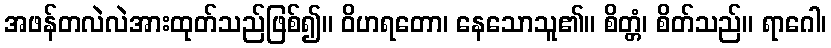
အဖန်တလဲလဲအားထုတ်သည်ဖြစ်၍။ ဝိဟရတော၊ နေသောသူ၏။ စိတ္တံ၊ စိတ်သည်။ ရာဂေါ၊